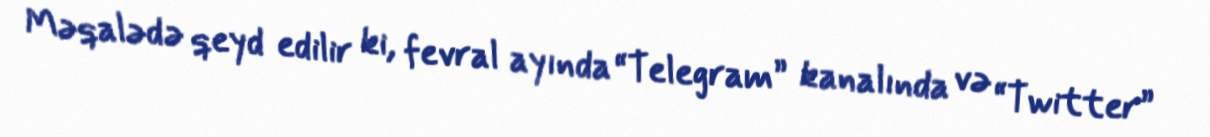
Məqalədə qeyd edilir ki, fevral ayında “Telegram” kanalında və “Twitter”